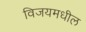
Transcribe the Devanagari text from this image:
विजयमधील